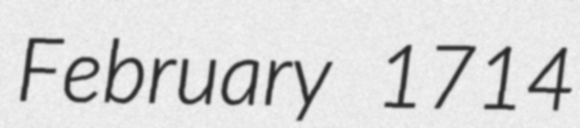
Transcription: February 1714